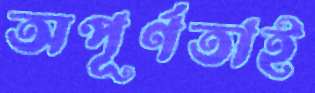
অপূর্ণতাই